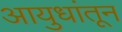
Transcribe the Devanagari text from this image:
आयुधांतून